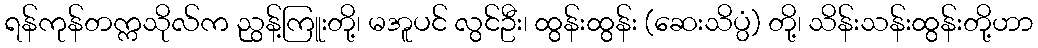
ရန်ကုန်တက္ကသိုလ်က ညွန့်ကြူးတို့၊ မအူပင် လွင်ဦး၊ ထွန်းထွန်း (ဆေးသိပ္ပ္ပံ) တို့၊ သိန်းသန်းထွန်းတို့ဟာ